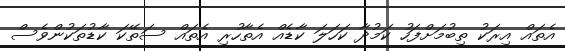
އެތައް އިރަކު ތިބުމަށްފަހު ކަމުދާ ކަހަލަ ކާޑެއް އެތާހުރި އެތައް ސަތޭކަ ކާޑުތަކުންވެސް